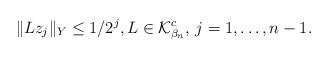
LaTeX: \begin{align*}\|L z_j \|_Y \leq 1/2^j, L \in \mathcal{K}_{\beta_n}^c, \, j = 1, \ldots, n-1.\end{align*}